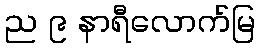
ည ၉ နာရီလောက်မြ